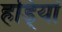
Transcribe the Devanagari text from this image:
हडि्यां